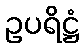
ဥပရိဋ္ဌံ